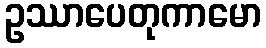
ဥဿာပေတုကာမော